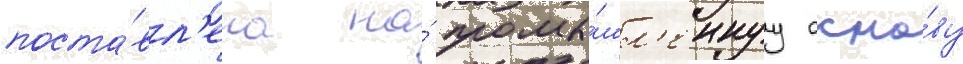
поста́вл'ена на́ промы́шл'еннуу осно́ву